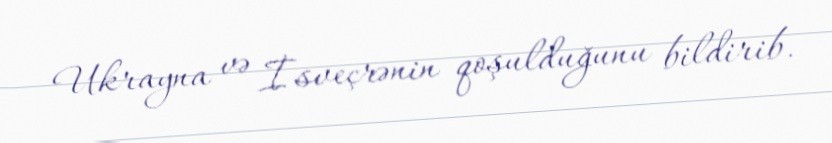
Ukrayna və İsveçrənin qoşulduğunu bildirib.